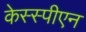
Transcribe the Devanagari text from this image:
केस्स्पीएन